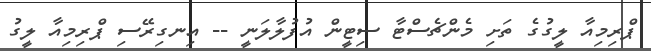
ޕްރިމިއާ ލީގުގެ ތަށި މެންޗެސްޓާ ސިޓީން އުފުލާލަނީ -- އިނގިރޭސި ޕްރިމިއާ ލީގު